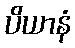
ပိယာနံ